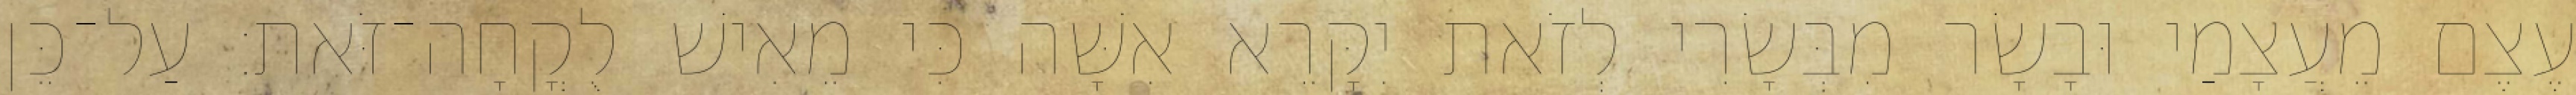
עֶצֶם מֵעֲצָמַי וּבָשָׂר מִבְּשָׂרִי לְזֹאת יִקָּרֵא אִשָּׁה כִּי מֵאִישׁ לֻקֳחָה־זֹּאת׃ עַל־כֵּן